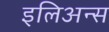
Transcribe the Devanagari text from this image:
इलिअन्स